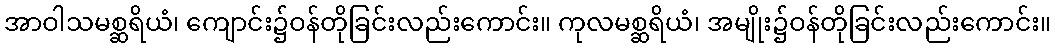
အာဝါသမစ္ဆရိယံ၊ ကျောင်း၌ဝန်တိုခြင်းလည်းကောင်း။ ကုလမစ္ဆရိယံ၊ အမျိုး၌ဝန်တိုခြင်းလည်းကောင်း။